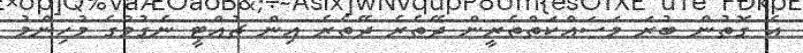
އެ ގޮތުން ބުރަ މަސައްކަތްތެރީން ދޭތެރެ ދޭތެރެ އިން ޗުއްޓީ ނެގުމުގެ މުހިންމު